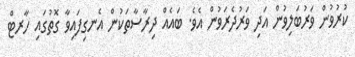
ކުރުވުން ވަރުބަލިވުން އަދި ވަރުދެރަވުން އެވެ. ބައެއް ދިރާސާތަކުން އެނގިފައިވާ ގޮތުގައި ހާރޓް